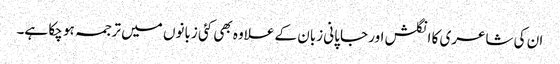
ان کی شاعری کا انگلش اور جاپانی زبان کے علاوہ بھی کئی زبانوں میں ترجمہ ہو چکا ہے۔